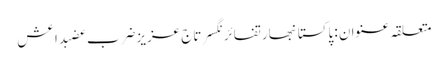
متعلقہ عنوان : پاکستانبھارتفائرنگسرتاج عزیزضرب عضبداعش